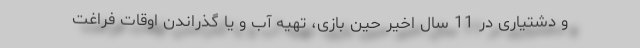
و دشتیاری در 11 سال اخیر حین بازی، تهیه آب و یا گذراندن اوقات فراغت